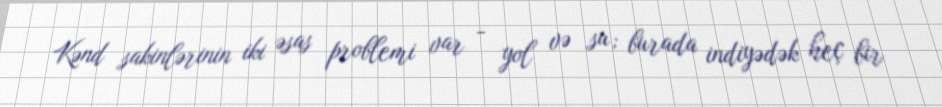
Kənd sakinlərinin iki əsas problemi var - yol və su; burada indiyədək heç bir